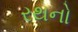
રથનો